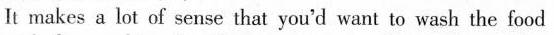
It makes a lot of sense that you'd want to wash the food